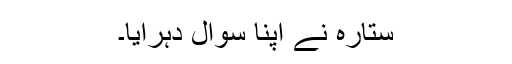
ستارہ نے اپنا سوال دہرایا۔